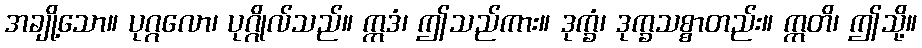
အချို့သော။ ပုဂ္ဂလော၊ ပုဂ္ဂိုလ်သည်။ ဣဒံ၊ ဤသည်ကား။ ဒုက္ခံ၊ ဒုက္ခသစ္စာတည်း။ ဣတိ၊ ဤသို့။